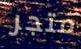
متجر